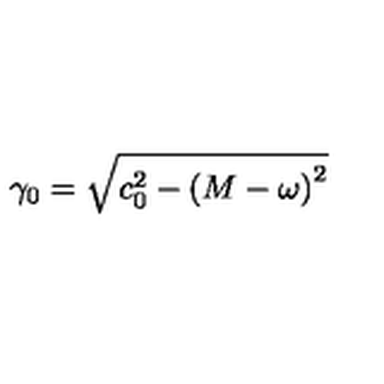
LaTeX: \gamma _ { 0 } = \sqrt { c _ { 0 } ^ { 2 } - \left( M - \omega \right) ^ { 2 } }